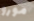
مورو